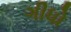
ગીધો